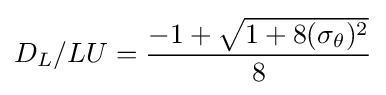
D_{L}/LU={-1+{\sqrt {1+8(\sigma _{\theta })^{2}}} \over 8}